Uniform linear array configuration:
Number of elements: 24
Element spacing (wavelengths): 0.5
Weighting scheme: exponential
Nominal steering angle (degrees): -45
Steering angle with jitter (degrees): -46.914
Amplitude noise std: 0.05
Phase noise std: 0.05

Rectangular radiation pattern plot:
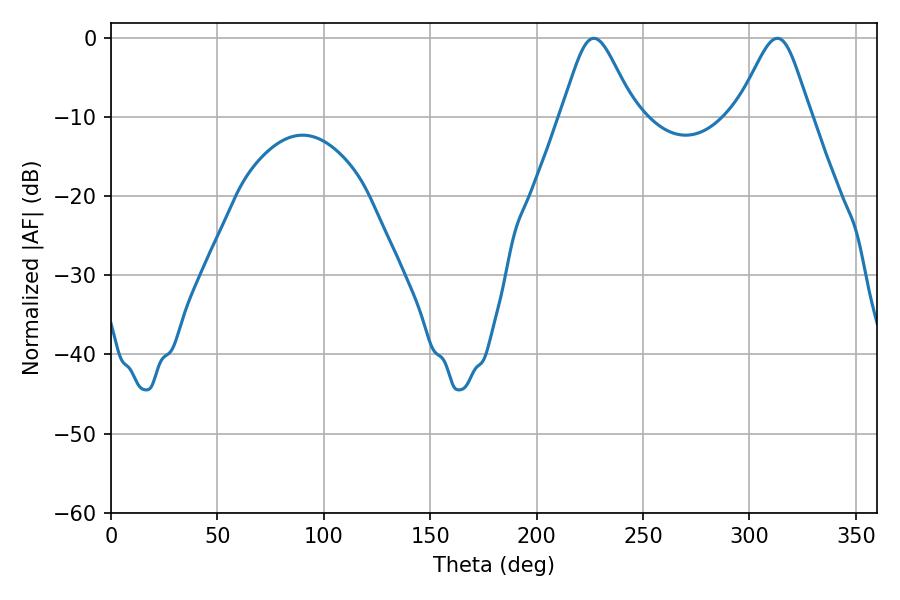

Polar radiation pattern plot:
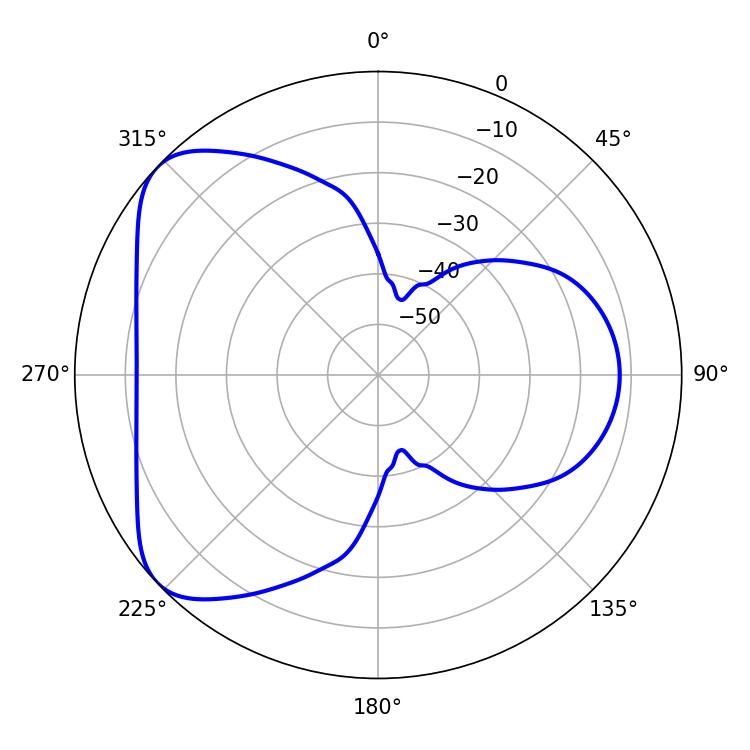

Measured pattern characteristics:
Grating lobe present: FALSE
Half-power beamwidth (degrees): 16.92
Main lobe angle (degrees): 226.8